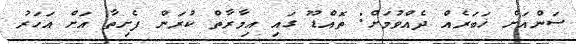
ސަންއަށް ޚަބަރެއް ދެއްވުމަށް: ތޮއްޑޫ ގައި އިމާރާތް ކުރަން ފެށިތާ އަށް އަހަރު